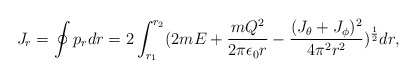
\begin{align*}J_r=\oint p_rdr=2\int_{r_1}^{r_2}(2mE+{{mQ^2}\over{2\pi\epsilon_0r}}-{{(J_\theta+J_\phi)^2}\over{4\pi^2r^2}})^{1\over 2}dr,\end{align*}